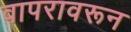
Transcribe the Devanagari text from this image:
वापरावरून